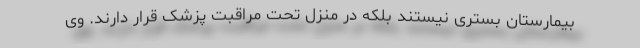
بیمارستان بستری نیستند بلکه در منزل تحت مراقبت پزشک قرار دارند. وی